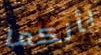
بأنكما